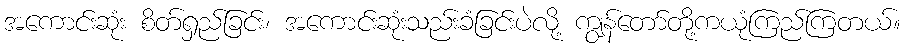
အကောင်းဆုံး စိတ်ရှည်ခြင်း၊ အကောင်းဆုံးသည်းခံခြင်းပဲလို့ ကျွန်တော်တို့ကယုံကြည်ကြတယ်။